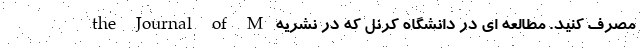
مصرف کنید. مطالعه ای در دانشگاه کرنل که در نشریه the Journal of M